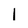
Character: l